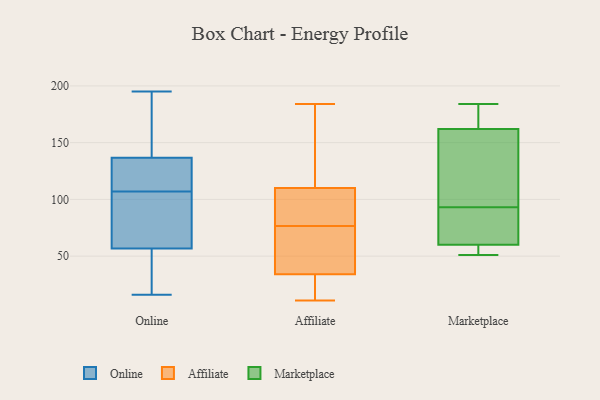
{"axis": {"x": "Operating Costs (USD K)", "y": "Value"}, "legend": ["Affiliate", "Marketplace", "Online"], "data": [{"x": "", "y": 116, "type": "Online"}, {"x": "", "y": 16, "type": "Online"}, {"x": "", "y": 109, "type": "Online"}, {"x": "", "y": 41, "type": "Online"}, {"x": "", "y": 128, "type": "Online"}, {"x": "", "y": 170, "type": "Online"}, {"x": "", "y": 107, "type": "Online"}, {"x": "", "y": 163, "type": "Online"}, {"x": "", "y": 56, "type": "Online"}, {"x": "", "y": 57, "type": "Online"}, {"x": "", "y": 61, "type": "Online"}, {"x": "", "y": 97, "type": "Online"}, {"x": "", "y": 195, "type": "Online"}, {"x": "", "y": 88, "type": "Affiliate"}, {"x": "", "y": 148, "type": "Affiliate"}, {"x": "", "y": 38, "type": "Affiliate"}, {"x": "", "y": 74, "type": "Affiliate"}, {"x": "", "y": 25, "type": "Affiliate"}, {"x": "", "y": 11, "type": "Affiliate"}, {"x": "", "y": 86, "type": "Affiliate"}, {"x": "", "y": 79, "type": "Affiliate"}, {"x": "", "y": 172, "type": "Affiliate"}, {"x": "", "y": 34, "type": "Affiliate"}, {"x": "", "y": 121, "type": "Affiliate"}, {"x": "", "y": 27, "type": "Affiliate"}, {"x": "", "y": 18, "type": "Affiliate"}, {"x": "", "y": 62, "type": "Affiliate"}, {"x": "", "y": 36, "type": "Affiliate"}, {"x": "", "y": 184, "type": "Affiliate"}, {"x": "", "y": 110, "type": "Affiliate"}, {"x": "", "y": 96, "type": "Affiliate"}, {"x": "", "y": 153, "type": "Marketplace"}, {"x": "", "y": 53, "type": "Marketplace"}, {"x": "", "y": 93, "type": "Marketplace"}, {"x": "", "y": 183, "type": "Marketplace"}, {"x": "", "y": 176, "type": "Marketplace"}, {"x": "", "y": 60, "type": "Marketplace"}, {"x": "", "y": 184, "type": "Marketplace"}, {"x": "", "y": 78, "type": "Marketplace"}, {"x": "", "y": 60, "type": "Marketplace"}, {"x": "", "y": 52, "type": "Marketplace"}, {"x": "", "y": 133, "type": "Marketplace"}, {"x": "", "y": 51, "type": "Marketplace"}, {"x": "", "y": 165, "type": "Marketplace"}, {"x": "", "y": 140, "type": "Marketplace"}, {"x": "", "y": 68, "type": "Marketplace"}]}